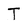
Character: T